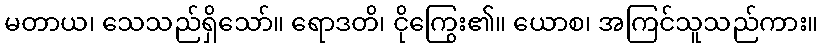
မတာယ၊ သေသည်ရှိသော်။ ရောဒတိ၊ ငိုကြွေး၏။ ယောစ၊ အကြင်သူသည်ကား။